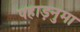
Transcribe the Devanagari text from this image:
पहाड़नुमा